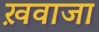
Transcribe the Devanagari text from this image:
ख़वाजा